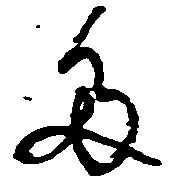
多